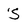
Character: S